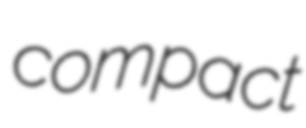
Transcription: compact